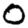
Digit: 0